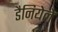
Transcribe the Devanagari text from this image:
डैनियेले